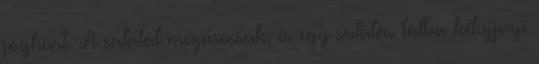
joghurt. A salátát megmossuk, és egy salátás tálba kétujjnyi